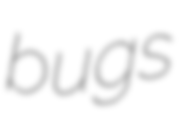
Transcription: bugs